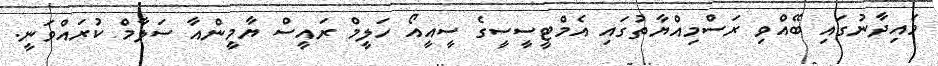
މައިދާނުގައި ބޭއްވި ރަސްމިއްޔާތުގައި އެމްޓީސީސީގެ ސީއީއޯ ހަލީމް ރައީސް ޔާމީންއާ ސަލާމް ކުރައްވަނީ.